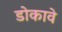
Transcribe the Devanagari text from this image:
डोकावे